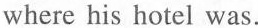
where his hotel was.